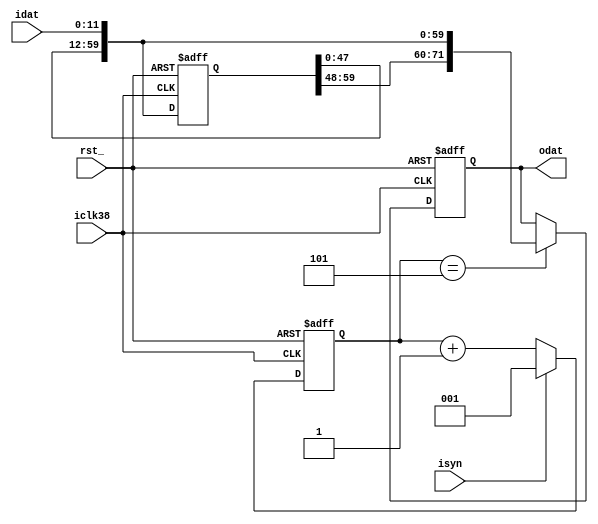
// Description  : mux 8,7,6,5,4,3,2,1 for FPGA intergration
////////////////////////////////////////////////////////////////////////////////

module intfdemux6
    (
     rst_,
     iclk38, 
     
     idat,      // data receive ~ iclk38
     isyn,      // sync strobe  ~ iclk38

     odat       // data out
     );

////////////////////////////////////////////////////////////////////////////////
// Parameter declarations

parameter LINEBIT = 12;      // Bit of data befor DEMUX
parameter DEMUX   = 6;      // Demux 4, 3, or 2
parameter BITTS   = 3;      // Bit of time slot counter
parameter MAXTS   = 4;      // Number of time slot synclk to hold transmit data
parameter DATABIT = DEMUX*LINEBIT;

////////////////////////////////////////////////////////////////////////////////
// Port declarations

input                rst_;
input                iclk38;

input [LINEBIT-1:0]  idat;
input                isyn;

output [DATABIT-1:0] odat;
////////////////////////////////////////////////////////////////////////////////
// Local logic and instantiation
/*
//detect refclk
reg [2:0]   shfdet;
always @(posedge synclk or negedge rst_)
    begin
    if(!rst_) shfdet <= 3'd0;
    else      shfdet <= {shfdet[1:0],irefclk};
    end

wire    posdet;
assign  posdet = (shfdet == 3'b011);
*/
//  
reg [2:0] cntph;
wire      endcntph;
assign    endcntph = (cntph == (DEMUX-1));

always @(posedge iclk38 or negedge rst_)
    begin
    if(!rst_) cntph <= 3'd0;
    else if(isyn)       cntph <= 3'd1;
    //else if(endcntph)   cntph <= DEMUX-1;
    else                cntph <= cntph + 1'b1;
    end
       
reg [DATABIT-1:0] dashf;
wire [DATABIT+LINEBIT-1:0] dacap;
assign                     dacap = {dashf,idat};

always @(posedge iclk38 or negedge rst_)
    begin
    if(!rst_)   dashf <= {DATABIT{1'b0}};
    else        dashf <= dacap[DATABIT-1:0];
    end

//assign  odat = dacap[DATABIT-1:0];

reg [DATABIT-1:0] odat;
wire              latch_dat;
assign            latch_dat = (cntph == (DEMUX-1));
always @(posedge iclk38 or negedge rst_)
    begin
    if(!rst_) odat <= {DATABIT{1'b0}};
    else if(latch_dat) odat <= dacap[DATABIT-1:0];
    end

endmodule